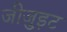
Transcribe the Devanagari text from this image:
जीजु़इट